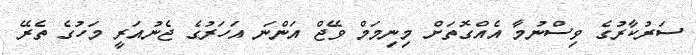
ސަރުކާރުގެ ވިސްނުމާ އެއްގޮތަށް މިނިމަމް ވޭޖް އަންނަ އަހަރުގެ ޖެނުއަރީ މަހުގެ ތެރޭ